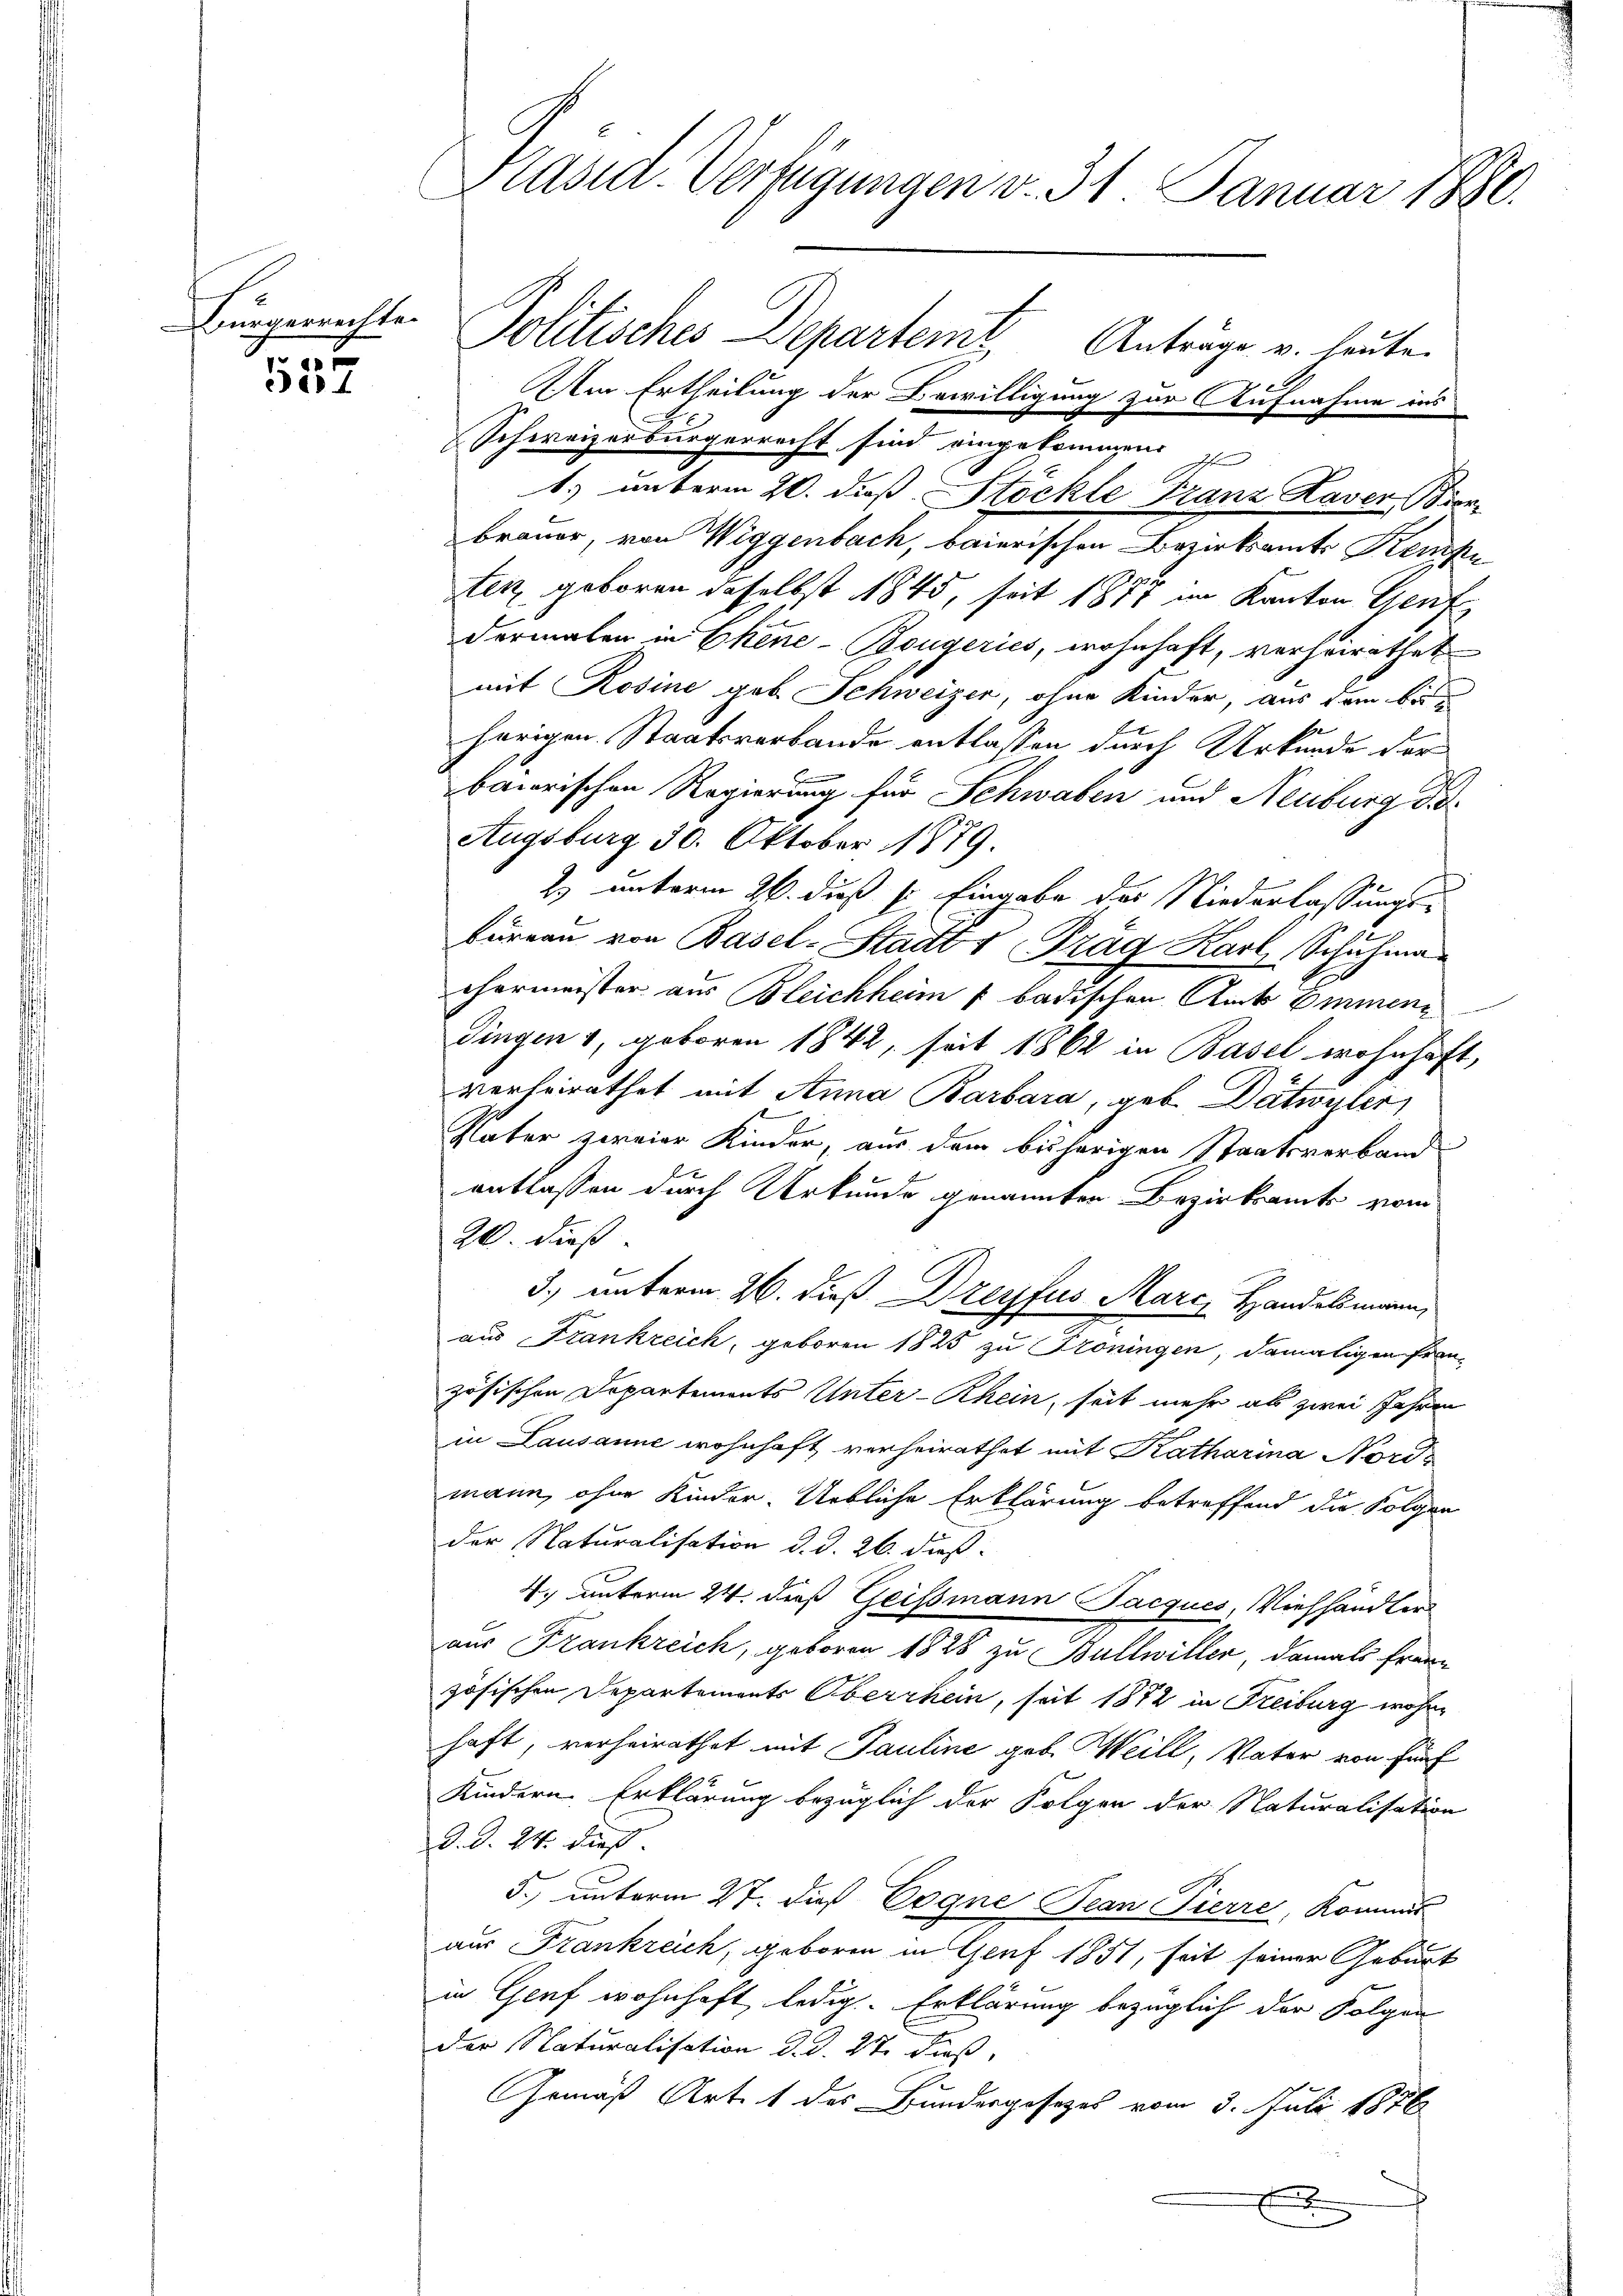
Bürgerrechte.

d
e

Präsid. Verfügungen v. 31. Januar 1880.

Politisches Departent Anträge u. heute.
Am Ertheilung der Bewilligung zur Aufnahme ins
Schweizerbürgerrecht sind eingekommen
1.) unterm 20. dieß Stöckle Franz Haver Borbrauer, von Wiggenbach, baierischen Bezirksamts Kenpu
ten, geboren daselbst 1845, seit 1877 im Kanton Genf
dermalen in Ekene-Bougeries, wohnhaft, verheirathet
mit Rosine geb. Schweizer, ohne Kinder, aus dem behörigen Staatsverbande entlassen durch Urkunde der
.
bairischen Regierung für Schwaben und Neuburg die
Augsburg 30. Oktober 1879.
2) unterm 26. dieß s. Eingabe des Niederlassungs-
büreau von Basel-Stador Prag Karl, Schuhma
chermeister aus Bleichheim badischen Amts Emmene
Dingen 1, geboren 1842, seit 1862 in Basel wohnhaft,
verheirathet mit Anna Barbara, geb. Dätwyler
Vater zweier Kinder, aus dem bisherigen Staatsverband
entlassen durch Urkunde genannten Bezirksamte vom
90 dieß
3.) unterm 26. dieß Dreyfus Marc Handelsmann,
aus Frankreich, geboren 1825 zu Froningen, damaligen Fran-
zösischen Departemonts Unter-Rhein, seit mehr als zwei Jahren
in Lausanne wohnhaft verheirathet mit Katharina Nords
mann, ohne Kinder-Uebliche Erklärung betreffend die Folgen
der Naturalisation d. d. 26. dieß.
4. unterm 24. dieß Geissmann Pacques, Viehhändler
aus Frankreich, geboren 1828 zu Bullwiller, damals fraue
zösischen Departements Oberrhein, seit 1872 in Freiburg wohnhaft, verheirathet mit Pauline geb. Weill, Vater von Fünf
3 x
Kindern. Erklärung bezüglich der Folgen der Naturalisation
d. d. 24. dieß
5., unterm 27. dieß Cogne Jean Pierre, Kommis
aus Frankreich, geboren in Genf 1851, seit seiner Geburt
in Genf wohnhaft ledig. Erklärung bezüglich der Folgen
der Naturalisation d. d. 27. dieß,
Gemäß Art. 1 des Bundergesezes vom 3. Juli 1876
x